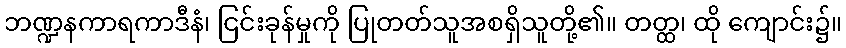
ဘဏ္ဍနကာရကာဒီနံ၊ ငြင်းခုန်မှုကို ပြုတတ်သူအစရှိသူတို့၏။ တတ္ထ၊ ထို ကျောင်း၌။